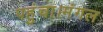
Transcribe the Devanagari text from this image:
पहुंचा।मंगल